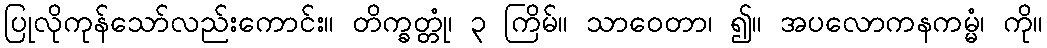
ပြုလိုကုန်သော်လည်းကောင်း။ တိက္ခတ္တုံ၊ ၃ ကြိမ်။ သာဝေတာ၊ ၍။ အပလောကနကမ္မံ၊ ကို။